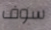
سوف